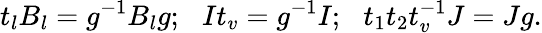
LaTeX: t_{l}B_{l}=g^{-1}B_{l}g;\, \, \, \, It_{v}=g^{-1}I;\, \, \, \, t_{1}t_{2}t_{v}^{-1}J=Jg.